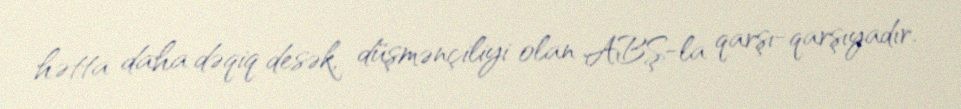
hətta daha dəqiq desək, düşmənçiliyi olan ABŞ-la qarşı-qarşıyadır.